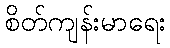
စိတ်ကျန်းမာရေး